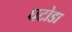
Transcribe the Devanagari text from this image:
घटोडा